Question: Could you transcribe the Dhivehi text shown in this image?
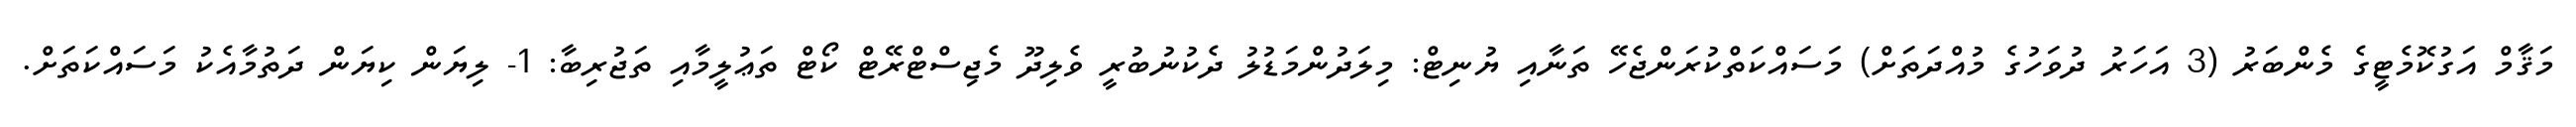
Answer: މަޤާމް އަގުކޮމެޓީގެ މެންބަރު (3 އަހަރު ދުވަހުގެ މުއްދަތަށް) މަސައްކަތްކުރަންޖެހޭ ތަނާއި ޔުނިޓް: މިލަދުންމަޑުލު ދެކުނުބުރީ ވެލިދޫ މެޖިސްޓްރޭޓް ކޯޓް ތަޢުލީމާއި ތަޖުރިބާ: 1- ލިޔަން ކިޔަން ދަތުމާއެކު މަސައްކަތަށް.